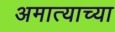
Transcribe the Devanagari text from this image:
अमात्याच्या